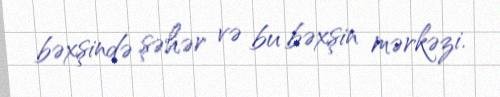
bəxşində şəhər və bu bəxşin mərkəzi.